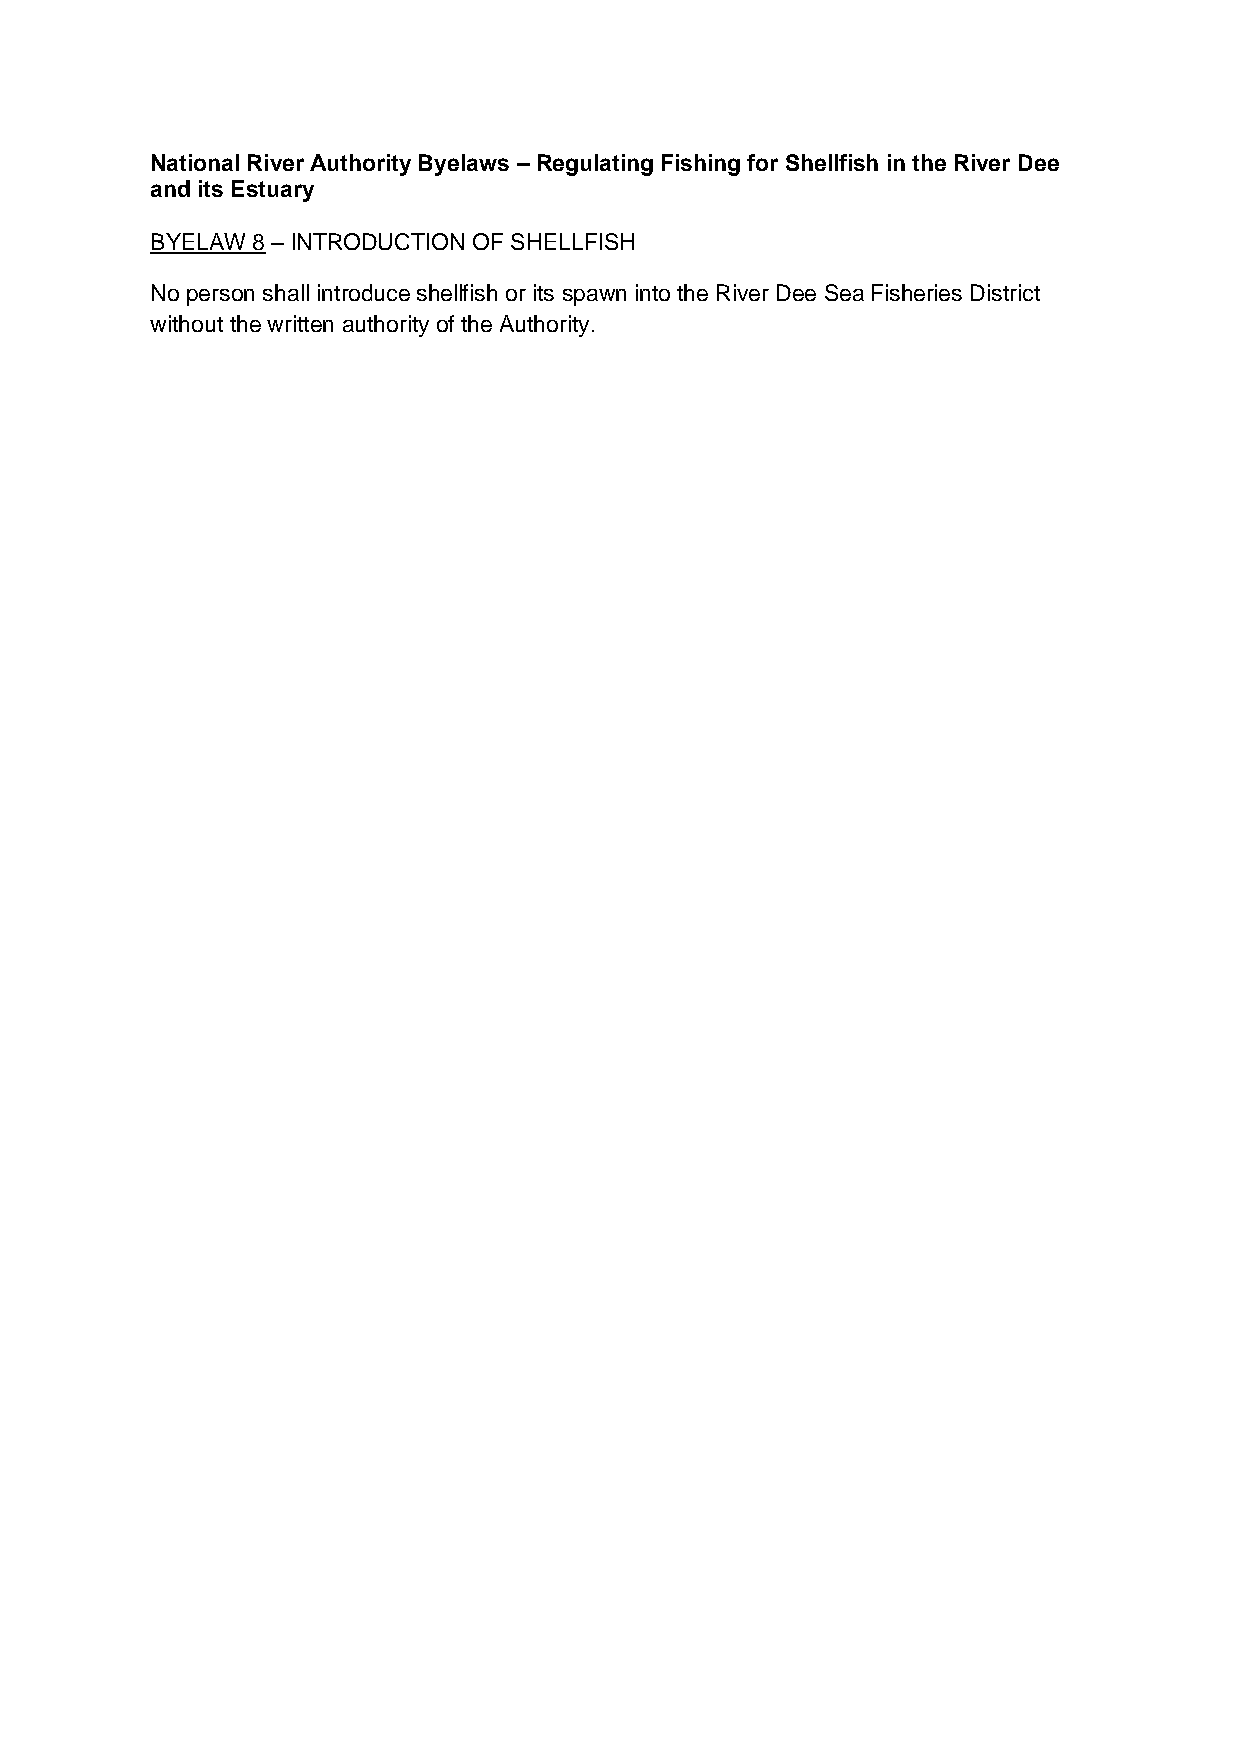
National River Authority Byelaws – Regulating Fishing for Shellfish in the River Dee
 and its Estuary
 BYELAW 8 – INTRODUCTION OF SHELLFISH
 No person shall introduce shellfish or its spawn into the River Dee Sea Fisheries District
 without the written authority of the Authority.